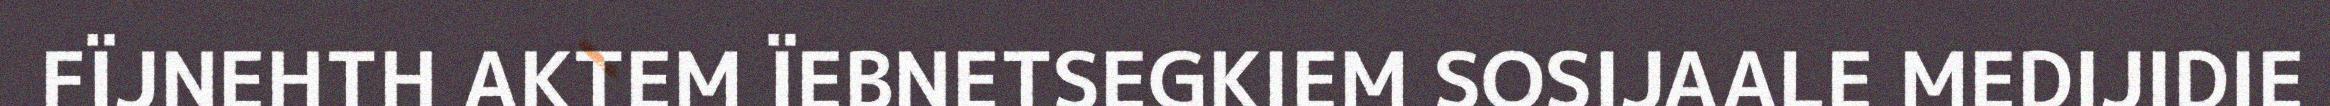
FÏJNEHTH AKTEM ÏEBNETSEGKIEM SOSIJAALE MEDIJIDIE